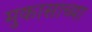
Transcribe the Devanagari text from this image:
मुकासाच्या